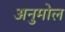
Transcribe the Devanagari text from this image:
अनुमोल